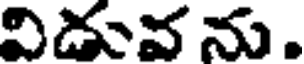
విడువ ను.